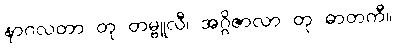
နာဂလတာ တု တမ္ဗူလီ၊ အဂ္ဂိဇာလာ တု ဓာတကီ။